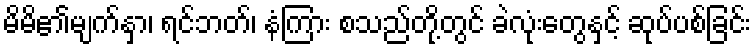
မိမိ၏မျက်နှာ၊ ရင်ဘတ်၊ နံကြား စသည်တို့တွင် ခဲလုံးတွေနှင့် ဆုပ်ပစ်ခြင်း